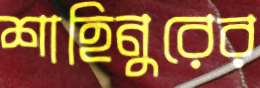
শাহিনুরের